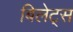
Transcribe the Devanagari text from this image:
बिलेट्स